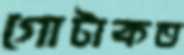
গোটাকত